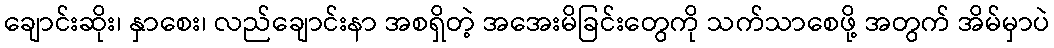
ချောင်းဆိုး၊ နှာစေး၊ လည်ချောင်းနာ အစရှိတဲ့ အအေးမိခြင်းတွေကို သက်သာစေဖို့ အတွက် အိမ်မှာပဲ